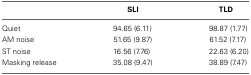
<table><thead><tr><td></td><td><b>SLI</b></td><td><b>TLD</b></td></tr></thead><tbody><tr><td>Quiet</td><td>94.65 (6.11)</td><td>98.87 (1.77)</td></tr><tr><td>AM noise</td><td>51.65 (9.87)</td><td>61.52 (7.17)</td></tr><tr><td>ST noise</td><td>16.56 (7.76)</td><td>22.63 (6.20)</td></tr><tr><td>Masking release</td><td>35.08 (9.47)</td><td>38.89 (7.47)</td></tr></tbody></table>